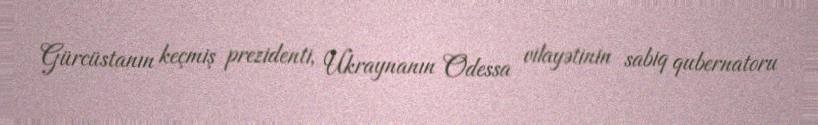
Gürcüstanın keçmiş prezidenti, Ukraynanın Odessa vilayətinin sabiq qubernatoru